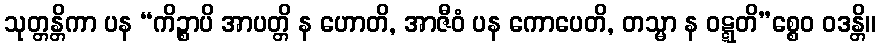
သုတ္တန္တိကာ ပန “ကိဉ္စာပိ အာပတ္တိ န ဟောတိ, အာဇီဝံ ပန ကောပေတိ, တသ္မာ န ဝဋ္ဋတိ”စ္စေဝ ဝဒန္တိ။